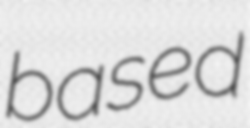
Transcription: based